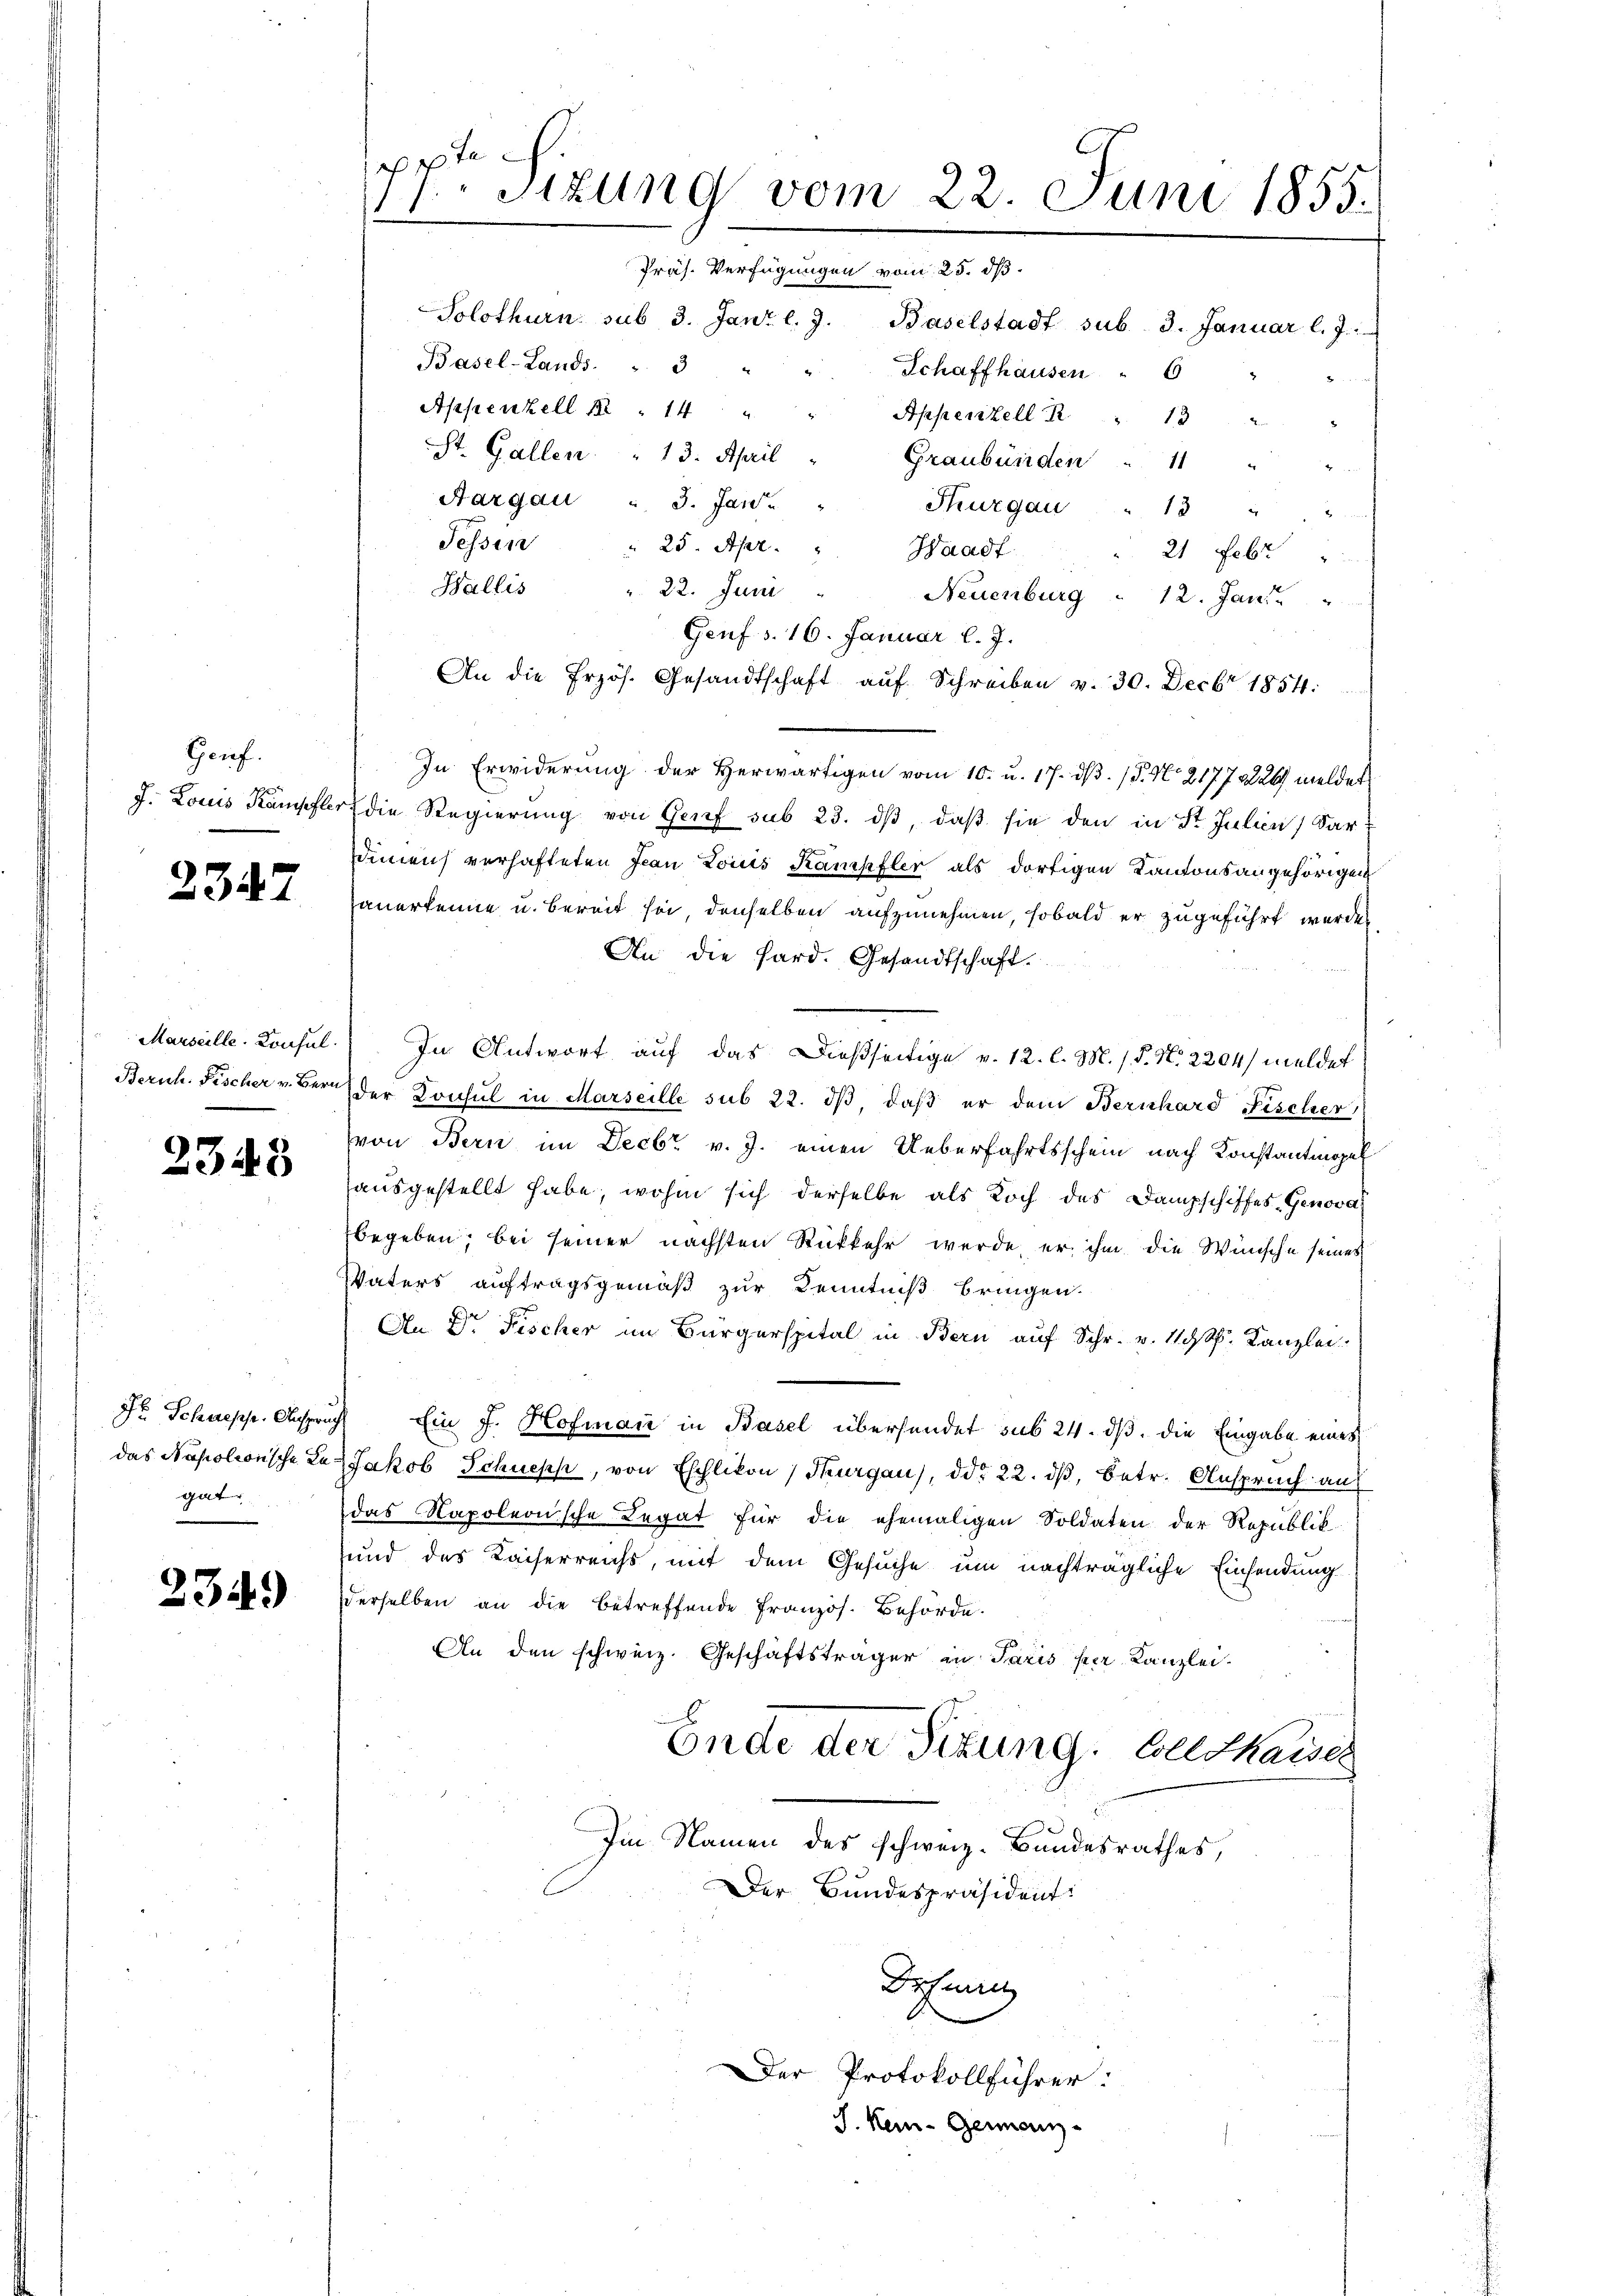
Gauf.

2347

2343

gat

2349

af
Sizung vom 22. Juni 1855.
Präs. Verfügungen vom 25. dß.

Solothurn sub 3. Janr l. J. Baselstadt sub. 3. Januar l. J.
Basel-Lands. " 3
Schaffhausen " 6 "
Appenzell 12 " 14 "
Appenzell R " 132
St. Gallen 13. April
Graubünden . 11 "
Aargau : 3. Janu
Thurgau " 13 "
Tessin
25. Apr.
Waadt
21 Febr
Wallis
" 22. Juni
Neuenburg 12. Jani
Genf s. 16. Januar l. J.
An die Erzös. Gesandtschaft aŭf Schreiben v. 30. Decbr 1854.
In Erwiderung der Herwärtigen vom 10. u. 17. ds. (T. No 2177 als meldet
J. Louis Kämpfter die Regierung von Genf sub 23. dβ, daß sie den in St. Julien) dar
dimens verhafteten Jean Lois Kampfler als dortigen Kantonsangehörigen
anerkenne u. bereit sei, denselben aufzunehmen, sobald er zugeführt werden.
An die Hard. Gesandtschaft.
Marseille. Konsul.) In Antwort auf das Dießseitige v. 12. l. M. / P. N. 2204/ meldet
Zürich. Fischer u. Bern der Konsul in Marseille sub 22. dβ, daβ er dem Bernhard Fischer
von Bern im Decbr v. J. einen Ueberfahrtsschein nach Konstantinopel
ausgestellt habe, wohin sich derselbe als Koch des Dampschiffes Genova
begeben, bei seiner nächsten Rückkehr werde, er ihm die Wünsche seines
Vaters auftragsgemäß zur Kenntniß bringen.
An Dr. Fischer im Bürgerspital in Bern aŭf Schr. v. 1 d. Kanzlei
t Schuepp. Anspruch Ein J. Hofmann in Basel übersendet sub 24. dß. die Eingabe eines
das Napoleonische Laz Jakob Schuepp, von Eschlikon, Thurgau), ddo 22. dβ, betr. Anspruch auf
das Napoleonische Legat für die ehemaligen Soldaten der Republik
und des Kaiserreichs, mit dem Gesuche um nachträgliche Einsendung
derselben an die betreffende französ. Behörde.
An den schweiz. Geschäftsträger in Paris per Kanzlei-
Ende der Sitzung. Geldkaises
Im Namen des schweiz. Bundesrathes,
Der Bundespräsident:
Dehmen
Der Protokollführer:
J. Kei-Gemein-